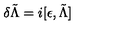
\delta \tilde { \Lambda } = i [ \epsilon , \tilde { \Lambda } ]